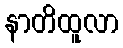
နာတိထူလာ